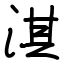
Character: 淇